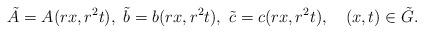
LaTeX: \begin{align*}\tilde A= A(rx, r^2 t),\ \tilde b= b(rx, r^2 t),\ \tilde c= c(rx, r^2 t),\ \ \ (x,t) \in \tilde G.\end{align*}